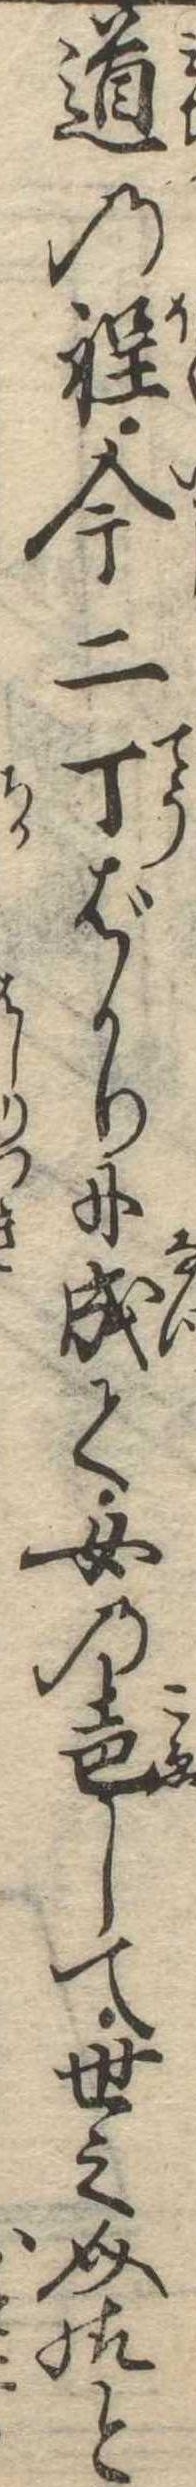
道の程今二丁ばかりに成て女の声して世之介様と